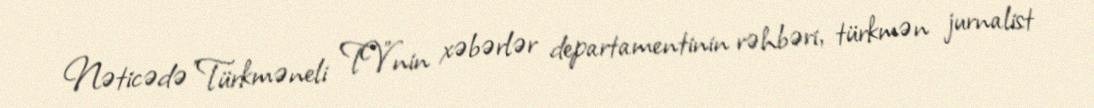
Nəticədə "Türkməneli TV"nin xəbərlər departamentinin rəhbəri, türkmən jurnalist